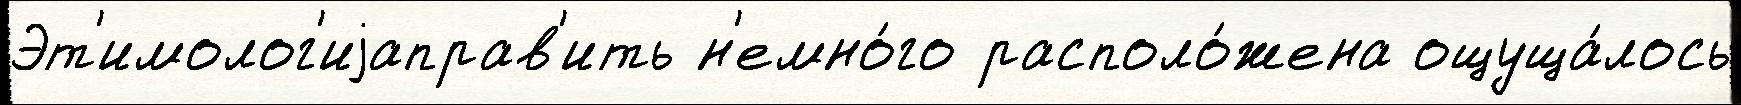
Эт'имолог'иjаправ'ить н'емно́го располо́жена ощуща́лось